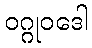
ဝဂ္ဂုဝဒေါ